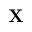
{ \bf X }